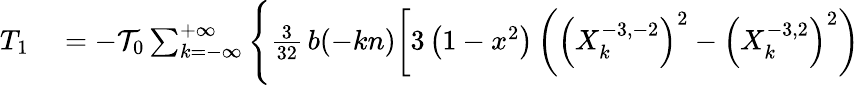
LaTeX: \begin{array}{rl}{T_{1}}&{{}=-{\cal T}_{0}\sum_{k=-\infty}^{+\infty}\Bigg\{ \frac{3}{32}\, b(-kn)\bigg[3\left(1-x^{2}\right)\left(\left(X_{k}^{-3,-2}\right)^{2}-\left(X_{k}^{-3,2}\right)^{2}\right)}\end{array}